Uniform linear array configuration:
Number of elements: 12
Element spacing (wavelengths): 0.25
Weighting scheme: hann
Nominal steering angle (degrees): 45
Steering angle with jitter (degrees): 43.372
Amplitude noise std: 0.05
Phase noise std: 0.05

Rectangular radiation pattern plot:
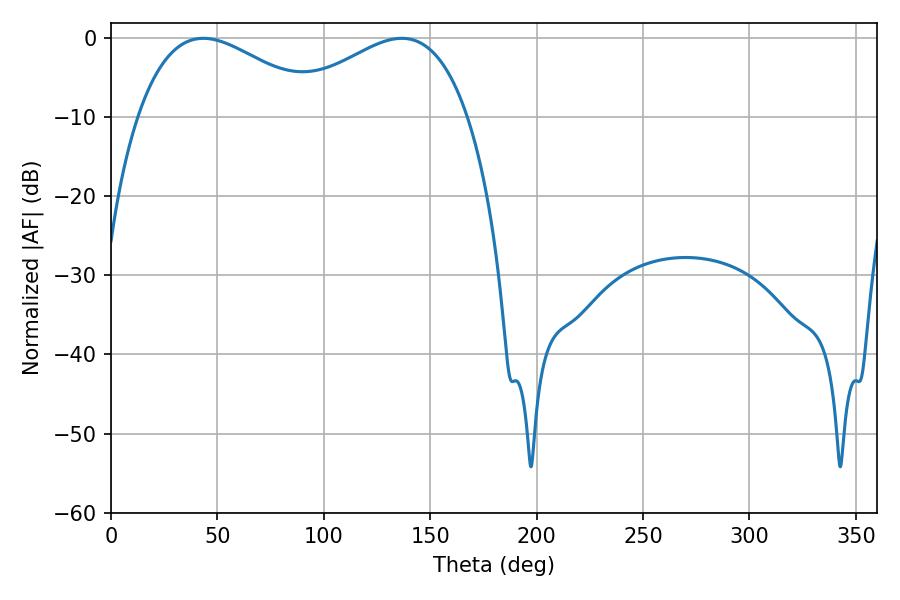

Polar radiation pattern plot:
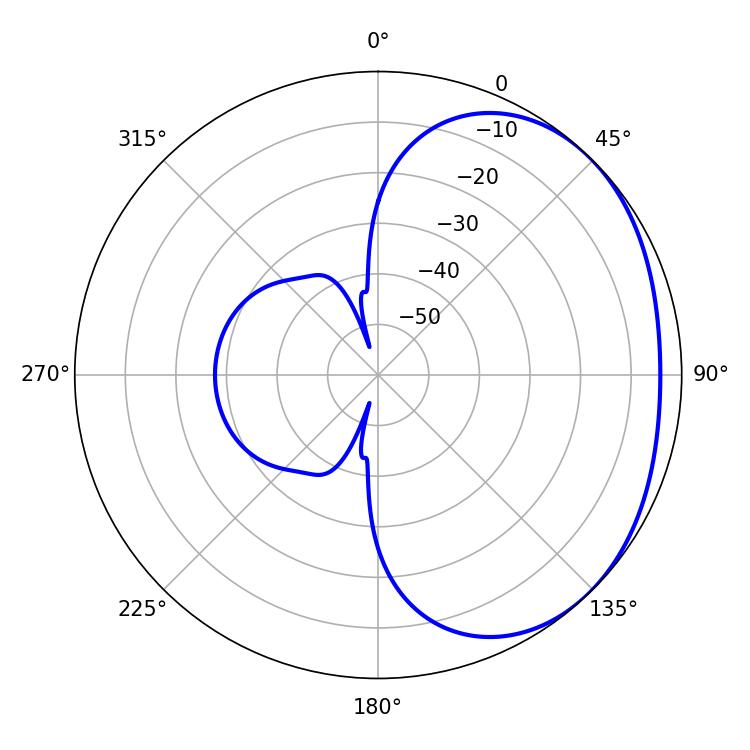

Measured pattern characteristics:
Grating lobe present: FALSE
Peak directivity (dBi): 2.069
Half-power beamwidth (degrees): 47.34
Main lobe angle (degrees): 43.38